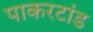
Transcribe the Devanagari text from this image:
पाकरटांड